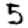
Digit: 5